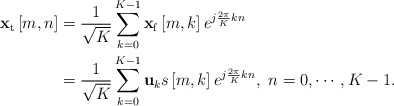
\begin{align*} \begin{aligned} {{\bf{x}}_{\rm t}}\left[ {m,n} \right] &= \frac{1}{{\sqrt K }}\sum\limits_{k = 0}^{K - 1} {{{\bf{x}}_{\rm f}}\left[ {m,k} \right]{e^{j\frac{{2\pi }}{K}kn}}}\\ &= \frac{1}{{\sqrt K }}\sum\limits_{k = 0}^{K - 1} {{{\bf{u}}_k}s\left[ {m,k} \right]{e^{j\frac{{2\pi }}{K}kn}}},\ n = 0, \cdots ,K - 1. \end{aligned} \end{align*}